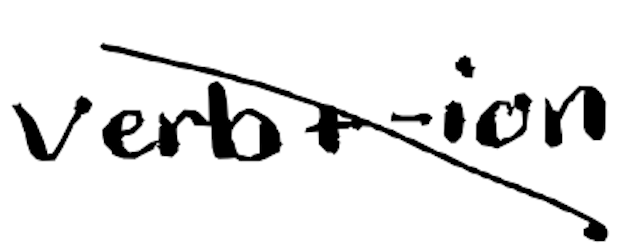
Text: verb+-ion
Cross-out: diagonal
Writing tool: digital_black